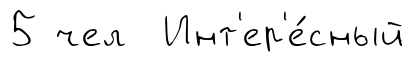
5 чел Инт'ер'е́сный